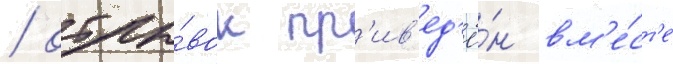
/ отры́вок пр'ив'ед'ё́н вм'е́ст'е